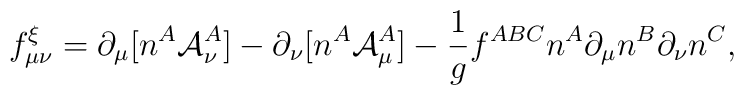
f_{\mu\nu}^{\xi} = \partial_\mu[n^A {\cal A}_\nu^A] - \partial_\nu[n^A {\cal A}_\mu^A] - {1 \over g} f^{ABC} n^A \partial_\mu n^B \partial_\nu n^C ,